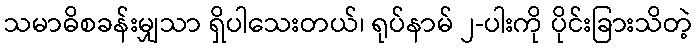
သမာဓိစခန်းမျှသာ ရှိပါသေးတယ်၊ ရုပ်နာမ် ၂-ပါးကို ပိုင်းခြားသိတဲ့